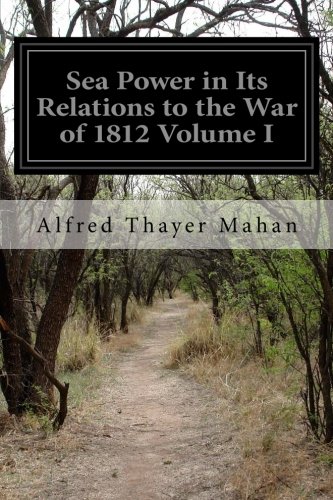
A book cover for Sea Power in Its Relations to the War of 1812 Volume I; Alfred Thayer Mahan; History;